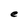
Character: e